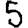
Digit: 5